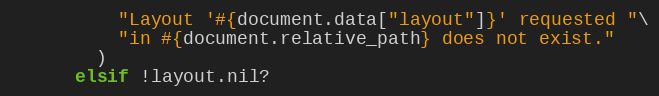
Language: Ruby
          "Layout '#{document.data["layout"]}' requested "\
          "in #{document.relative_path} does not exist."
        )
      elsif !layout.nil?